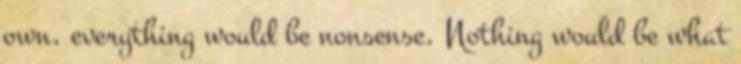
own, everything would be nonsense. Nothing would be what